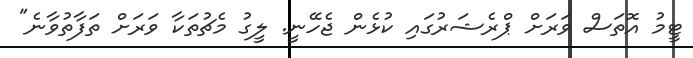
ޓީމު އޮތަސް ވަރަށް ޕްރެޝަރުގައި ކުޅެން ޖެހޭނީ. ލީގު މެޗުތަކާ ވަރަށް ތަފާތުވާނެ"